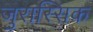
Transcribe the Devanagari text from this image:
जुरास्सिक